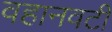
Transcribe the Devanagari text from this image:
वहानवटी